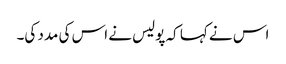
اس نے کہا کہ پولیس نے اس کی مدد کی۔